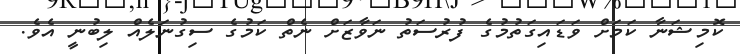
ކޮމިޝަނާ ކަމަށް ވަޑައިގަތުމުގެ ފުރުސަތު ނަވާޒަށް ނެތް ކަމުގެ ސިގުނަލެއް ލިބުނީ އެވެ.